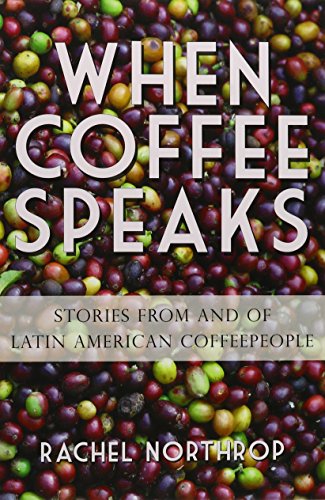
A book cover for When Coffee Speaks: Stories from and of Latin American Coffeepeople; Rachel Northrop; Science & Math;